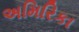
અમિરિકા